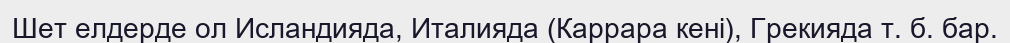
Шет елдерде ол Исландияда, Италияда (Каррара кені), Грекияда т. б. бар.